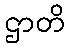
ဌာတိ